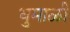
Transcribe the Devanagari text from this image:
धुमाळी